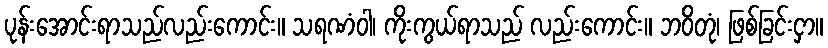
ပုန်းအောင်းရာသည်လည်းကောင်း။ သရဏံဝါ၊ ကိုးကွယ်ရာသည် လည်းကောင်း။ ဘဝိတုံ၊ ဖြစ်ခြင်းငှာ။